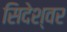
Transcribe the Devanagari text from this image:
सिदेश्वर